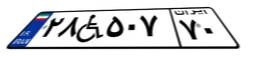
۵۲W۰۷۰۴۶